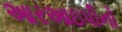
આરઆઇપીનો